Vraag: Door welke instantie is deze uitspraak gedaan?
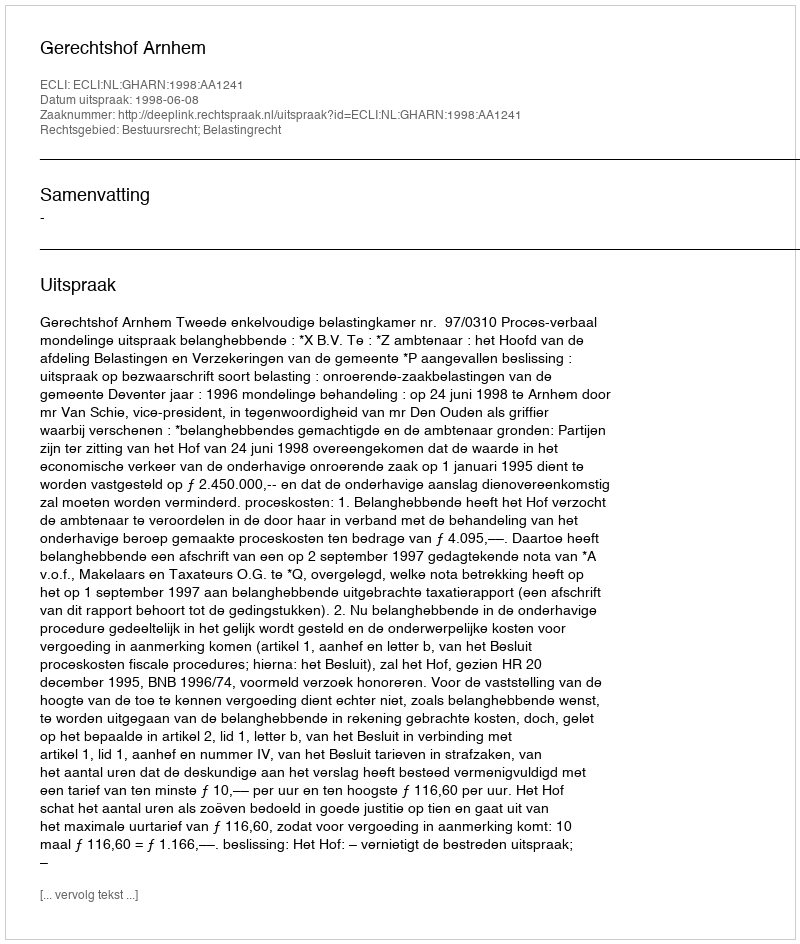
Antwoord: Gerechtshof Arnhem